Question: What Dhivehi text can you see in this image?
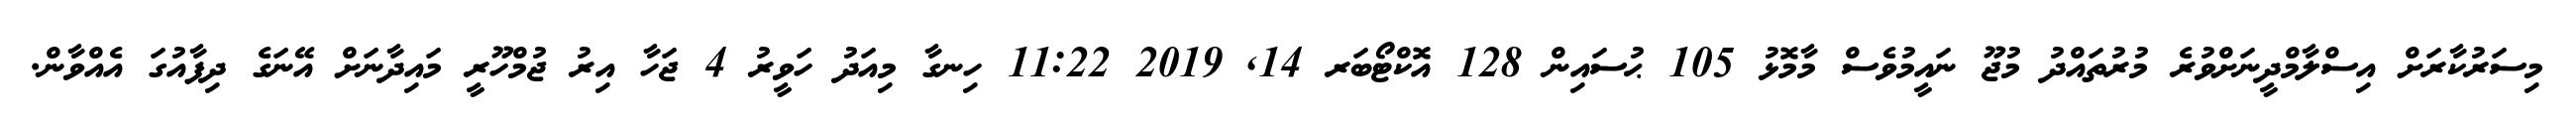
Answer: މިސަރުކާރަށް އިސްލާމްދީނަށްވުރެ މުރުތައްދު މުޖޫ ނައީމުވެސް މާމޮޅު 105 ޙުސައިން 128 އޮކްޓޯބަރ 14, 2019 11:22 ހިނގާ މިއަދު ހަވީރު 4 ޖަހާ އިރު ޖުމްހޫރީ މައިދާނަށް އޭނަގެ ދިފާއުގަ އެއްވާން.